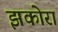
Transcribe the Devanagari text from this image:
झकोरा